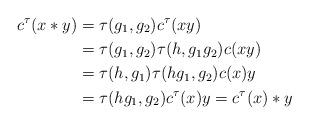
LaTeX: \begin{align*}c^\tau(x*y)&=\tau(g_1,g_2)c^\tau(xy)\\ &=\tau(g_1,g_2)\tau(h,g_1g_2)c(xy)\\ &=\tau(h,g_1)\tau(hg_1,g_2)c(x)y\\ &=\tau(hg_1,g_2)c^\tau(x)y=c^\tau(x)*y\end{align*}